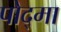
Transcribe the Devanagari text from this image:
पोद्मा